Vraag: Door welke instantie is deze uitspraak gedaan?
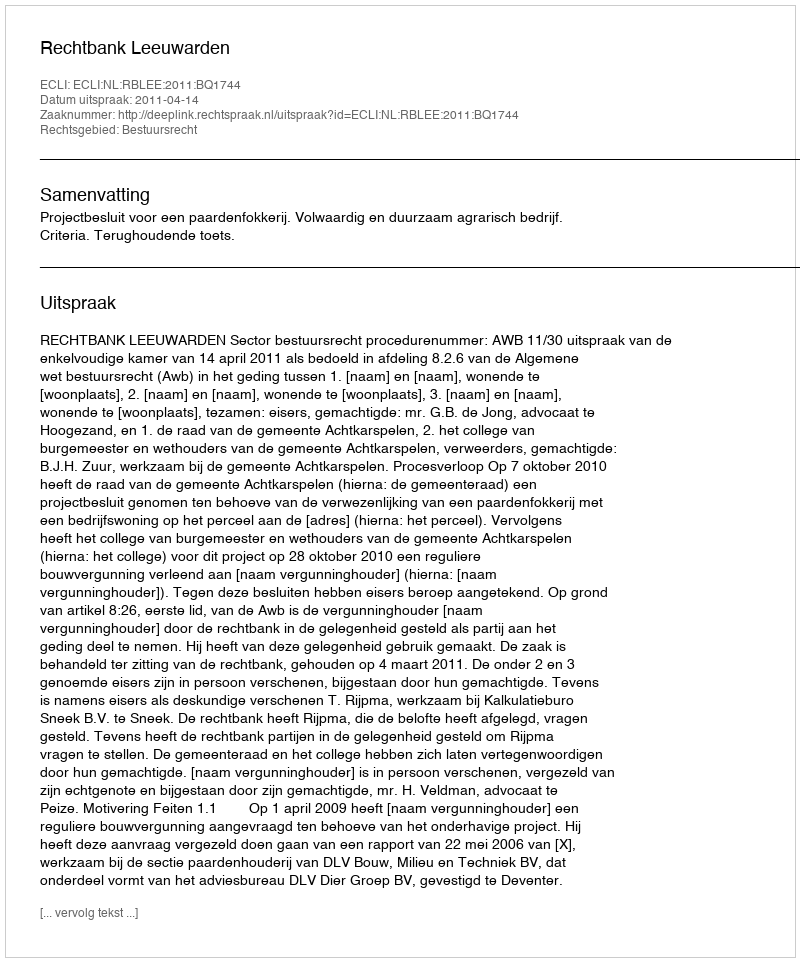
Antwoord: Rechtbank Leeuwarden